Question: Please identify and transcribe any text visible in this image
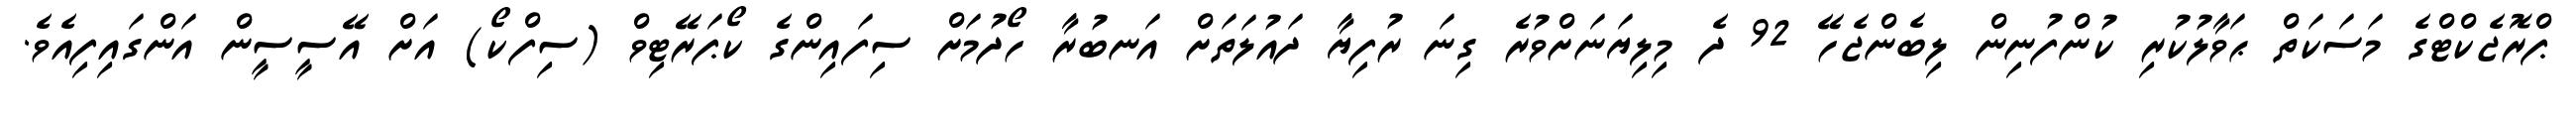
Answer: ޕްރޮޖެކްޓްގެ މަސަކަތް ޙަވާލުކުރި ކުންފުނިން ލިބެންޖެހޭ 92 ދެ މިލިޔަނަށްވުރެ ގިނަ ރުފިޔާ ދައުލަތަށް އަނބުރާ ހޯދުމަށް ސިފައިންގެ ކޯޕަރޭޓިވް (ސިފްކޯ) އަށް އޭސީސީން އަންގައިފިއެވެ.